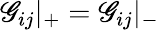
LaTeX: \mathscr{G}_{ij}{\vert}_{+}=\mathscr{G}_{ij}{\vert}_{-}